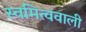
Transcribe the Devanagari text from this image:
स्वमित्ववाली